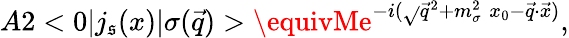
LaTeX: A2<0|j_{\mathfrak{s}}(x)|\sigma(\vec{{q}})>\equivMe^{-i(\sqrt{}{{\vec{{q}}^{2}+m_{\sigma}^{2}}}\; x_{0}-\vec{{q}}\cdot\vec{{x}})},